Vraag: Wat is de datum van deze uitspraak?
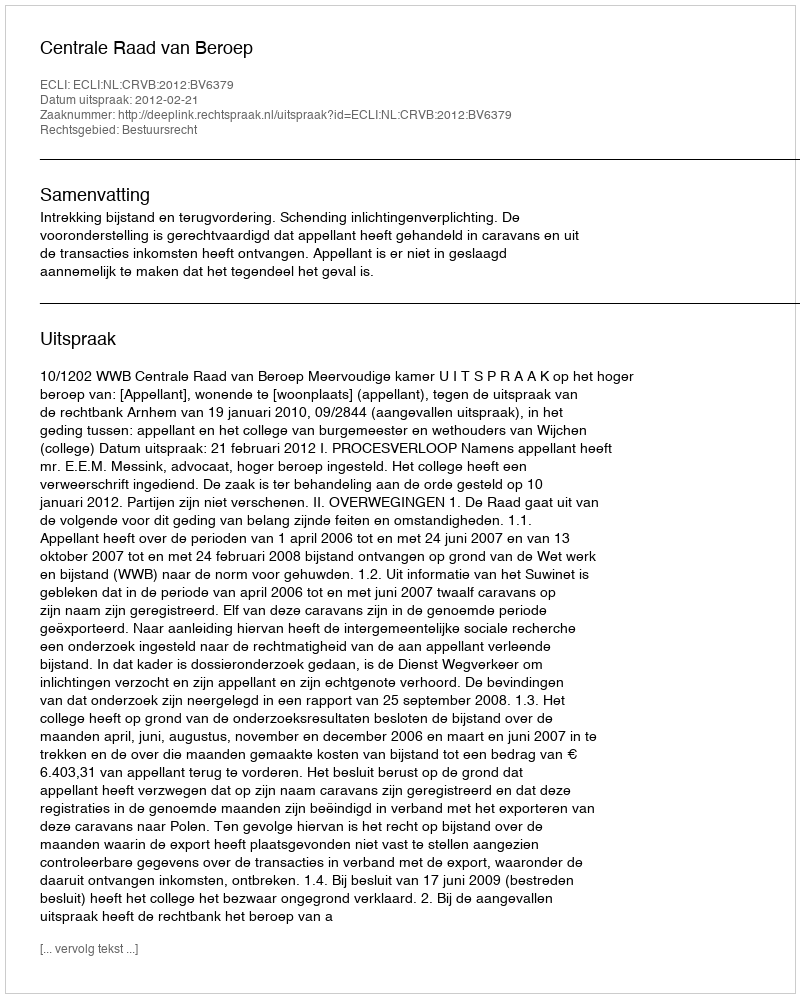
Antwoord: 2012-02-21